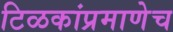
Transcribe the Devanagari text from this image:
टिळकांप्रमाणेच